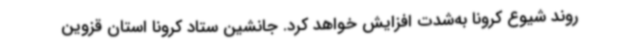
روند شیوع کرونا به‌شدت افزایش خواهد کرد. جانشین ستاد کرونا استان قزوین